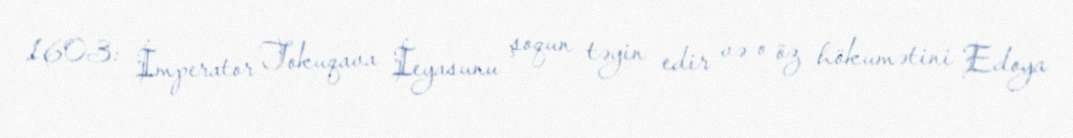
1603: İmperator Tokuqava İeyasunu şoqun təyin edir və o öz hökumətini Edoya